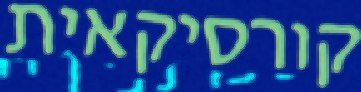
קורסיקאית